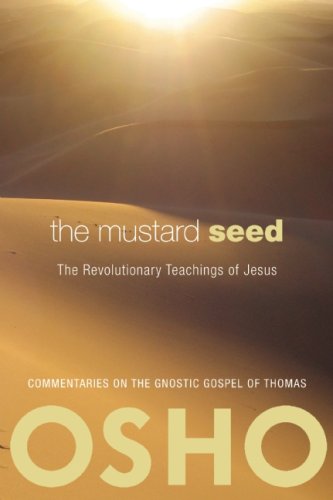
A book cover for The Mustard Seed: The Revolutionary Teachings of Jesus; Osho; Christian Books & Bibles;